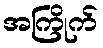
အကြိုက်